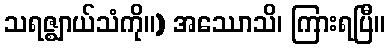
သရဇ္ဈာယ်သံကို။) အဿောသိ၊ ကြားရပြီ။